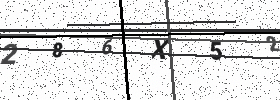
Text: 286X52